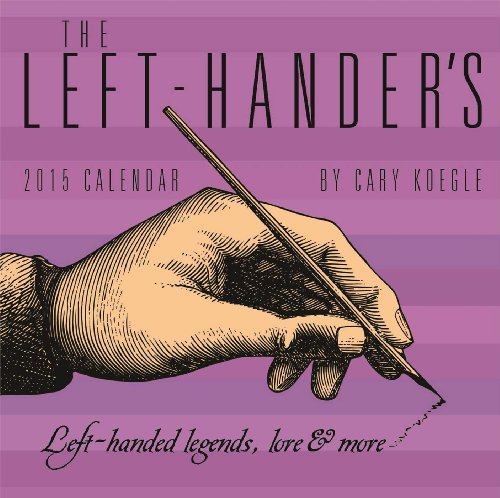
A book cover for The Left-Hander's 2015 Day-to-Day Calendar; Cary Koegle; Calendars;